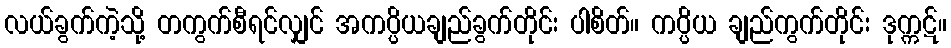
လယ်ခွက်ကဲ့သို့ တကွက်စီရင်လျှင် အကပ္ပိယချည်ခွက်တိုင်း ပါစိတ်။ ကပ္ပိယ ချည်ကွက်တိုင်း ဒုက္ကဋ်။